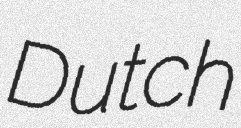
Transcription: Dutch